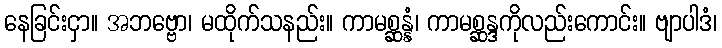
နေခြင်းငှာ။ အဘဗ္ဗော၊ မထိုက်သနည်း။ ကာမစ္ဆန္နံ၊ ကာမစ္ဆန္ဒကိုလည်းကောင်း။ ဗျာပါဒံ၊